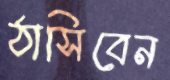
ঠাসিবেন